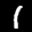
Label: 1